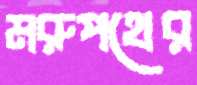
মরুপথের